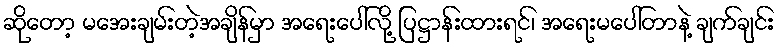
ဆိုတော့ မအေးချမ်းတဲ့အချိန်မှာ အရေးပေါ်လို့ ပြဋ္ဌာန်းထားရင်၊ အရေးမပေါ်တာနဲ့ ချက်ချင်း